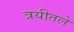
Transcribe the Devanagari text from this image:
त्रयीतले